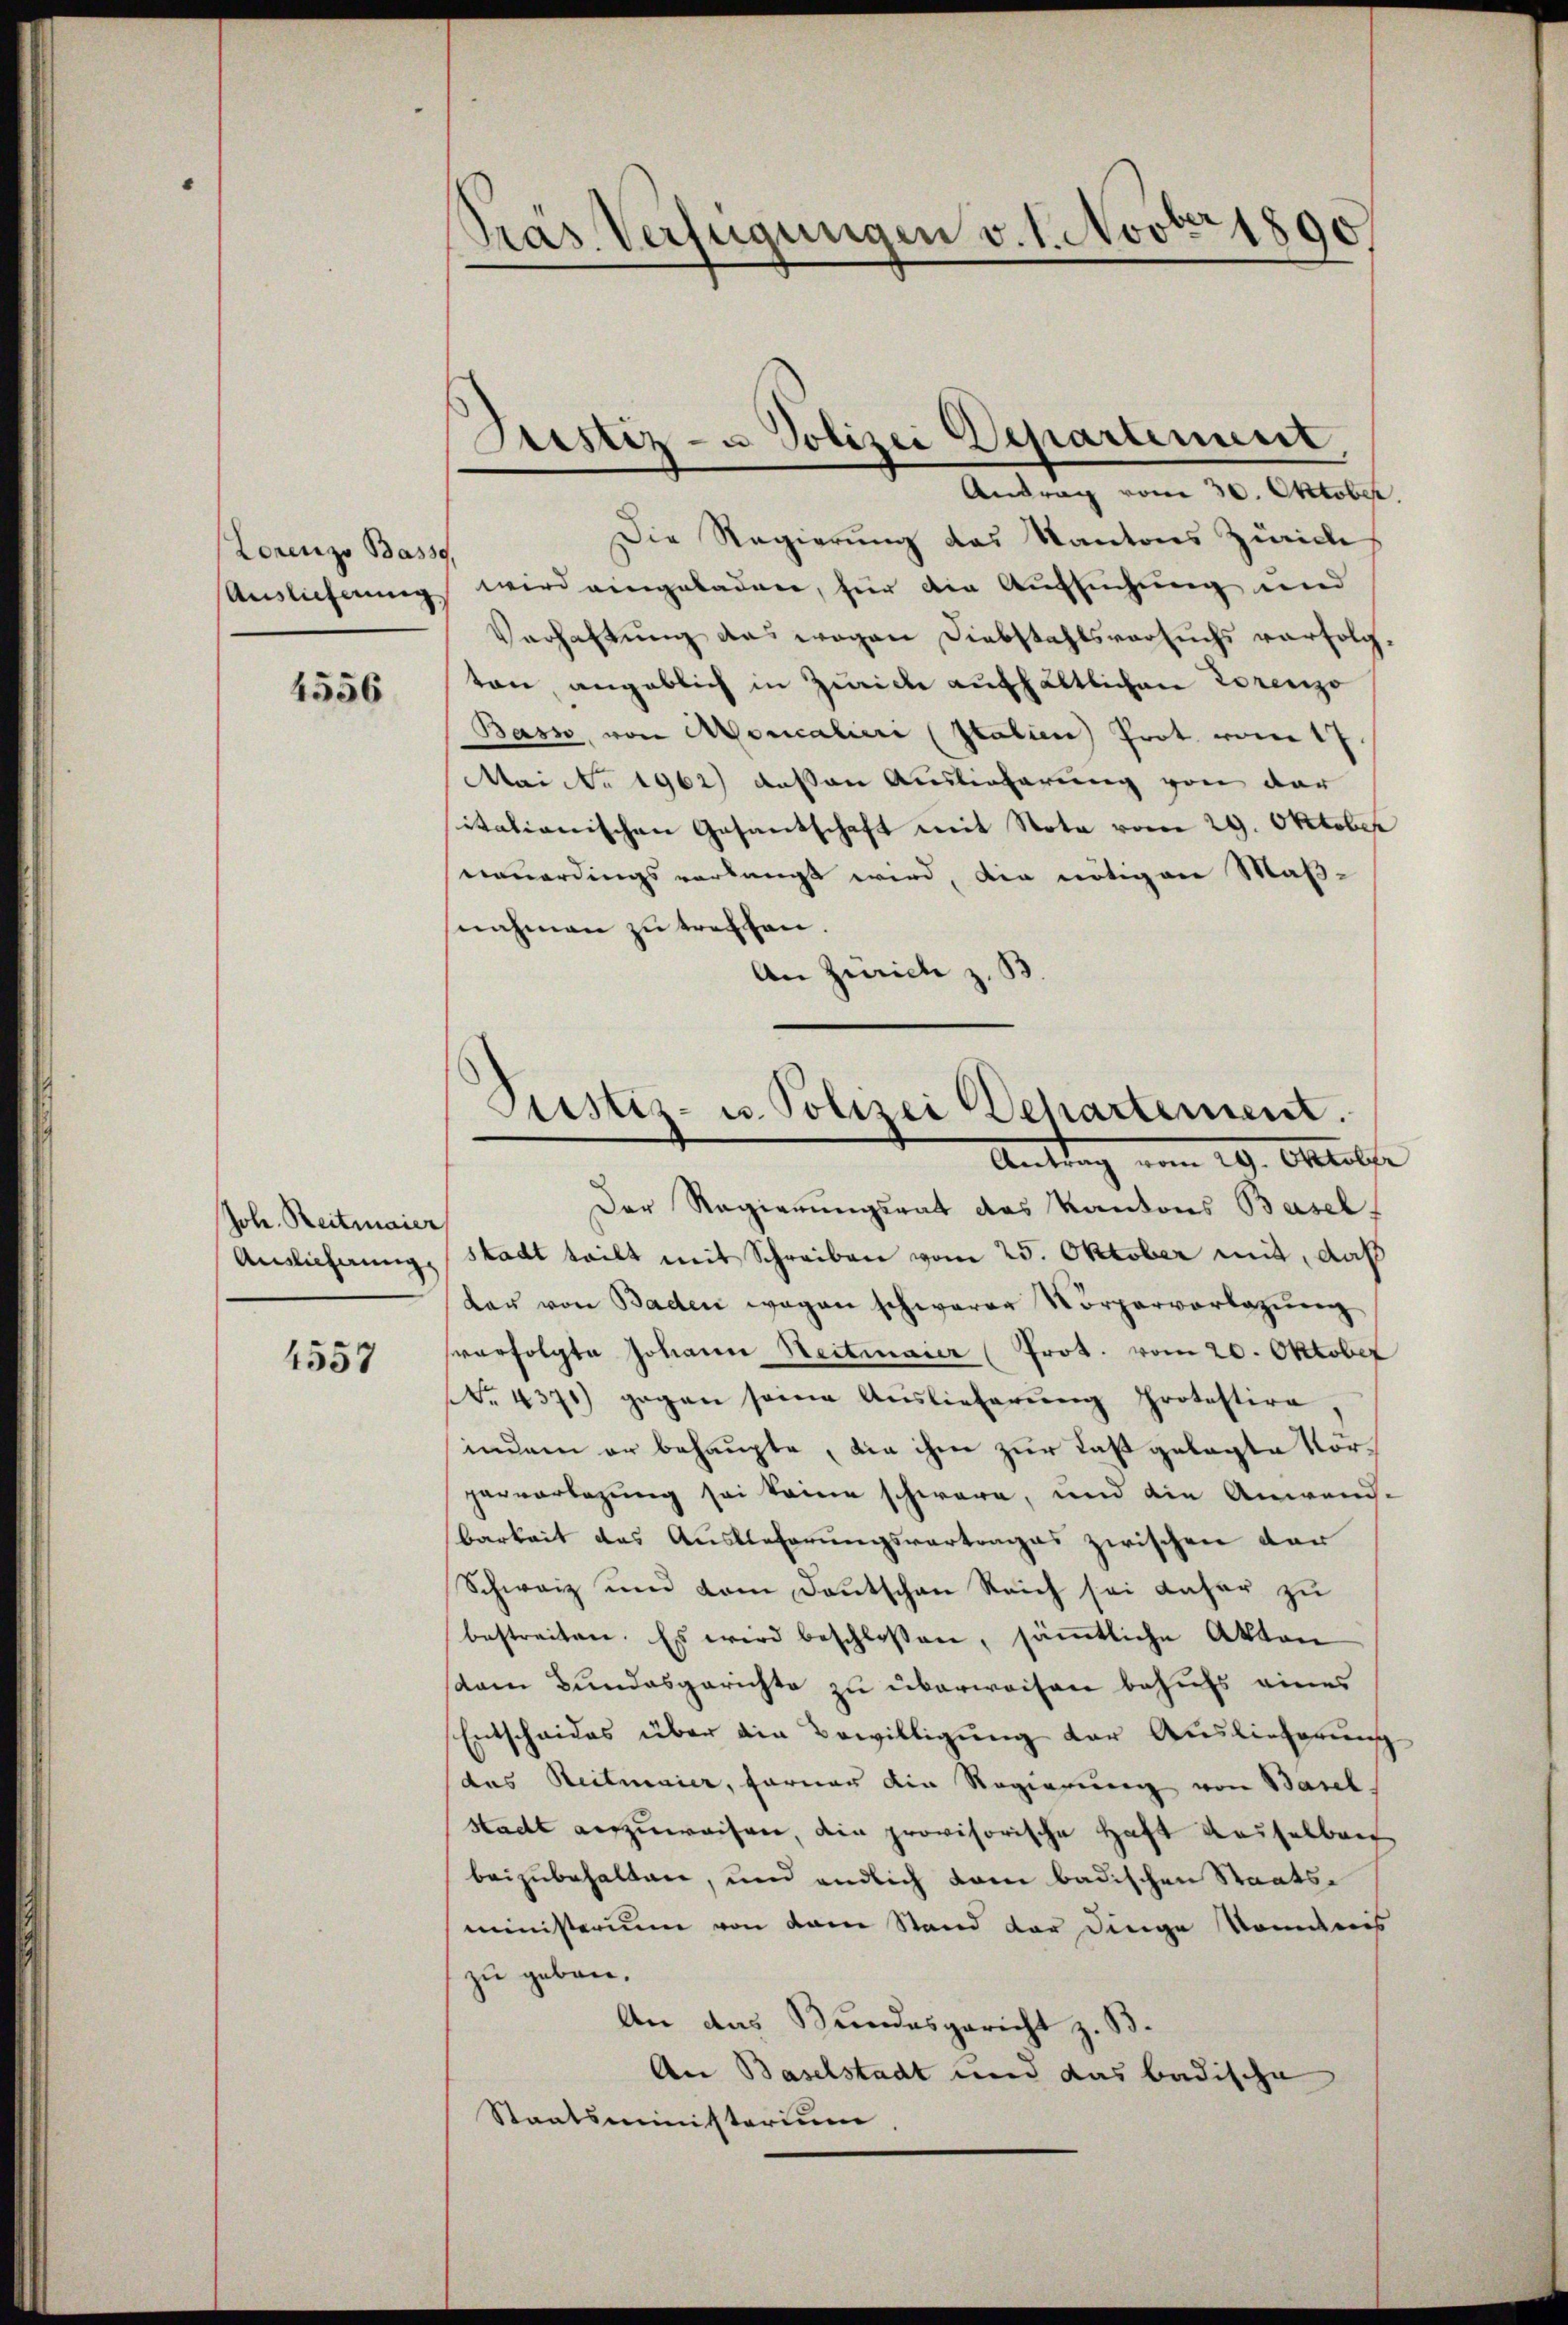
Lorenzo Basse,
Auslicherung

4556

Joh. Reitmaier
Ainlicherung

4557

Gras Verfügungen v. 1. Novbr 1890

Die Regierung des Kantons Zürich
wird eingeladen, für die Aufsuchung und
Verhaltung das wegen Diebstahlsversuchs verfolgton angeblich in Zwicke aufhältlichen Lorenzo
Bass, von Moricaliere (Italien Prot. vom 17.
Mai No 1962) dessen Auslieferung von der
sitationischen Gesantschaft mit Nota vom 29. Oktober
neuerdings verlangt wird, die nötigen Maß-
nahmen zu treffen.
An Zürich z. B
Der Regierungsrat des Kantons Basel
stadt teilt mit Schreiben vom 25. Oktober mit, daß
lar von Baden wegen schwerer Körpervorlagŭng
sverfolgte Johann Heitmaier (Prot. vom 20. Oktober
No. 4371) gegen seine Auslieferŭng Protestire
indem er behaupte, die ihm zur Last gelegte Vor¬
Hervorlegung sei keine schware, und die Anwand-
barkeit des Auslieferungsvertrages zwischen dar
Schweiz und vom Deutschen Reich sei daher zu
bestreiten. Es wird beschloßen, sämtliche Akten
sdam Bundesgerichte zu überweisen behufs eines
Entscheides über die Bewilligung der Auslieferung
das Steitmaier, ferner die Regierung von Basel,
stadt auszuweisen, die provisorische Haft Kasselberg
beizubehalten, und endlich kam badischen Staatsministerium von dem Stand der Dinge konntnis
zu geben.
An das Bundesgericht z. B.
An Baselstadt und das badische
Staatsministerium.

Bestiz- u Polizei Departement
Antrag vom 30. Oktober.

Justiz- u. Polizei Dehartement.
Antrag vom 29. Oktobe